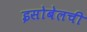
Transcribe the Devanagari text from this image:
इसोबेलची